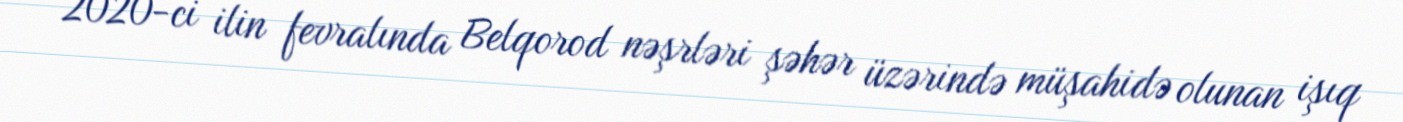
2020-ci ilin fevralında Belqorod nəşrləri şəhər üzərində müşahidə olunan işıq